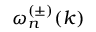
\omega _ { n } ^ { ( \pm ) } ( k )